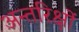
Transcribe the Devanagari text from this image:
अन्तरिक्षों